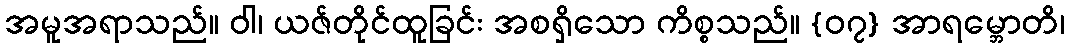
အမူအရာသည်။ ဝါ၊ ယဇ်တိုင်ထူခြင်း အစရှိသော ကိစ္စသည်။ {၀၇} အာရမ္ဘောတိ၊